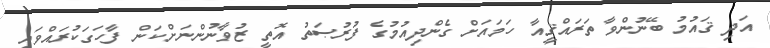
އަދި ޤައުމު ބޭނުންވާ ތަރައްޤީއާ ހަމައަށް ގެންދިއުމުގެ ފުރުޞަތު އޮތީ ޒުވާނުންނަށްކަން ފާހަގަކުރައްވައި